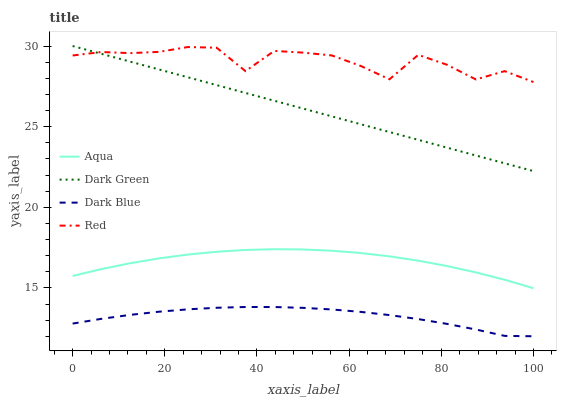
| xaxis_label | Aqua | Dark Green | Dark Blue | Red |
 | --- | --- | --- | --- | --- |
 | 0 | 15.7 | 30 | 12.8 | 29.4 |
 | 6.25 | 16.2 | 29.5 | 13.1 | 29.6 |
 | 12.5 | 16.5 | 29 | 13.3 | 29.6 |
 | 18.8 | 16.8 | 28.5 | 13.5 | 29.6 |
 | 25 | 17.1 | 28.1 | 13.7 | 29.9 |
 | 31.2 | 17.2 | 27.6 | 13.8 | 29.9 |
 | 37.5 | 17.4 | 27.1 | 13.8 | 28.4 |
 | 43.8 | 17.4 | 26.6 | 13.8 | 29.7 |
 | 50 | 17.4 | 26.1 | 13.8 | 29.6 |
 | 56.2 | 17.3 | 25.6 | 13.7 | 29.4 |
 | 62.5 | 17.2 | 25.2 | 13.5 | 28.8 |
 | 68.8 | 17 | 24.7 | 13.3 | 27.9 |
 | 75 | 16.7 | 24.2 | 13.1 | 29.5 |
 | 81.2 | 16.4 | 23.7 | 12.8 | 28.8 |
 | 87.5 | 16 | 23.2 | 12.4 | 27.9 |
 | 93.8 | 15.5 | 22.7 | 12 | 28.4 |
 | 100 | 15 | 22.2 | 12 | 27.8 |